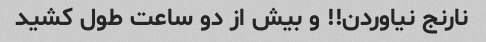
نارنج نیاوردن!! و بیش از دو ساعت طول کشید